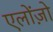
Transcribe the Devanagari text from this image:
एलोंज़ो